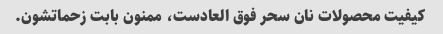
کیفیت محصولات نان سحر فوق العادست، ممنون بابت زحماتشون.